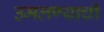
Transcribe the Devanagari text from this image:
उमलण्याची